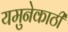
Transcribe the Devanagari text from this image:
यमुनेकाठी